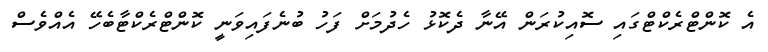
އެ ކޮންޓްރެކްޓްގައި ސޮއިކުރަން އޭނާ ދެކޮޅު ހެދުމަށް ފަހު ބުނެފައިވަނީ ކޮންޓްރެކްޓާބެހޭ އެއްވެސް